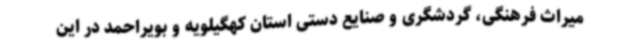
میراث فرهنگی، گردشگری و صنایع دستی استان کهگیلویه و بویراحمد در این